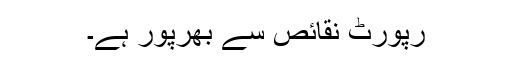
رپورٹ نقائص سے بھرپور ہے۔